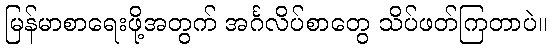
မြန်မာစာရေးဖို့အတွက် အင်္ဂလိပ်စာတွေ သိပ်ဖတ်ကြတာပဲ။